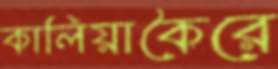
কালিয়াকৈরে